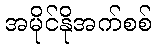
အမိုင်နိုအက်စစ်